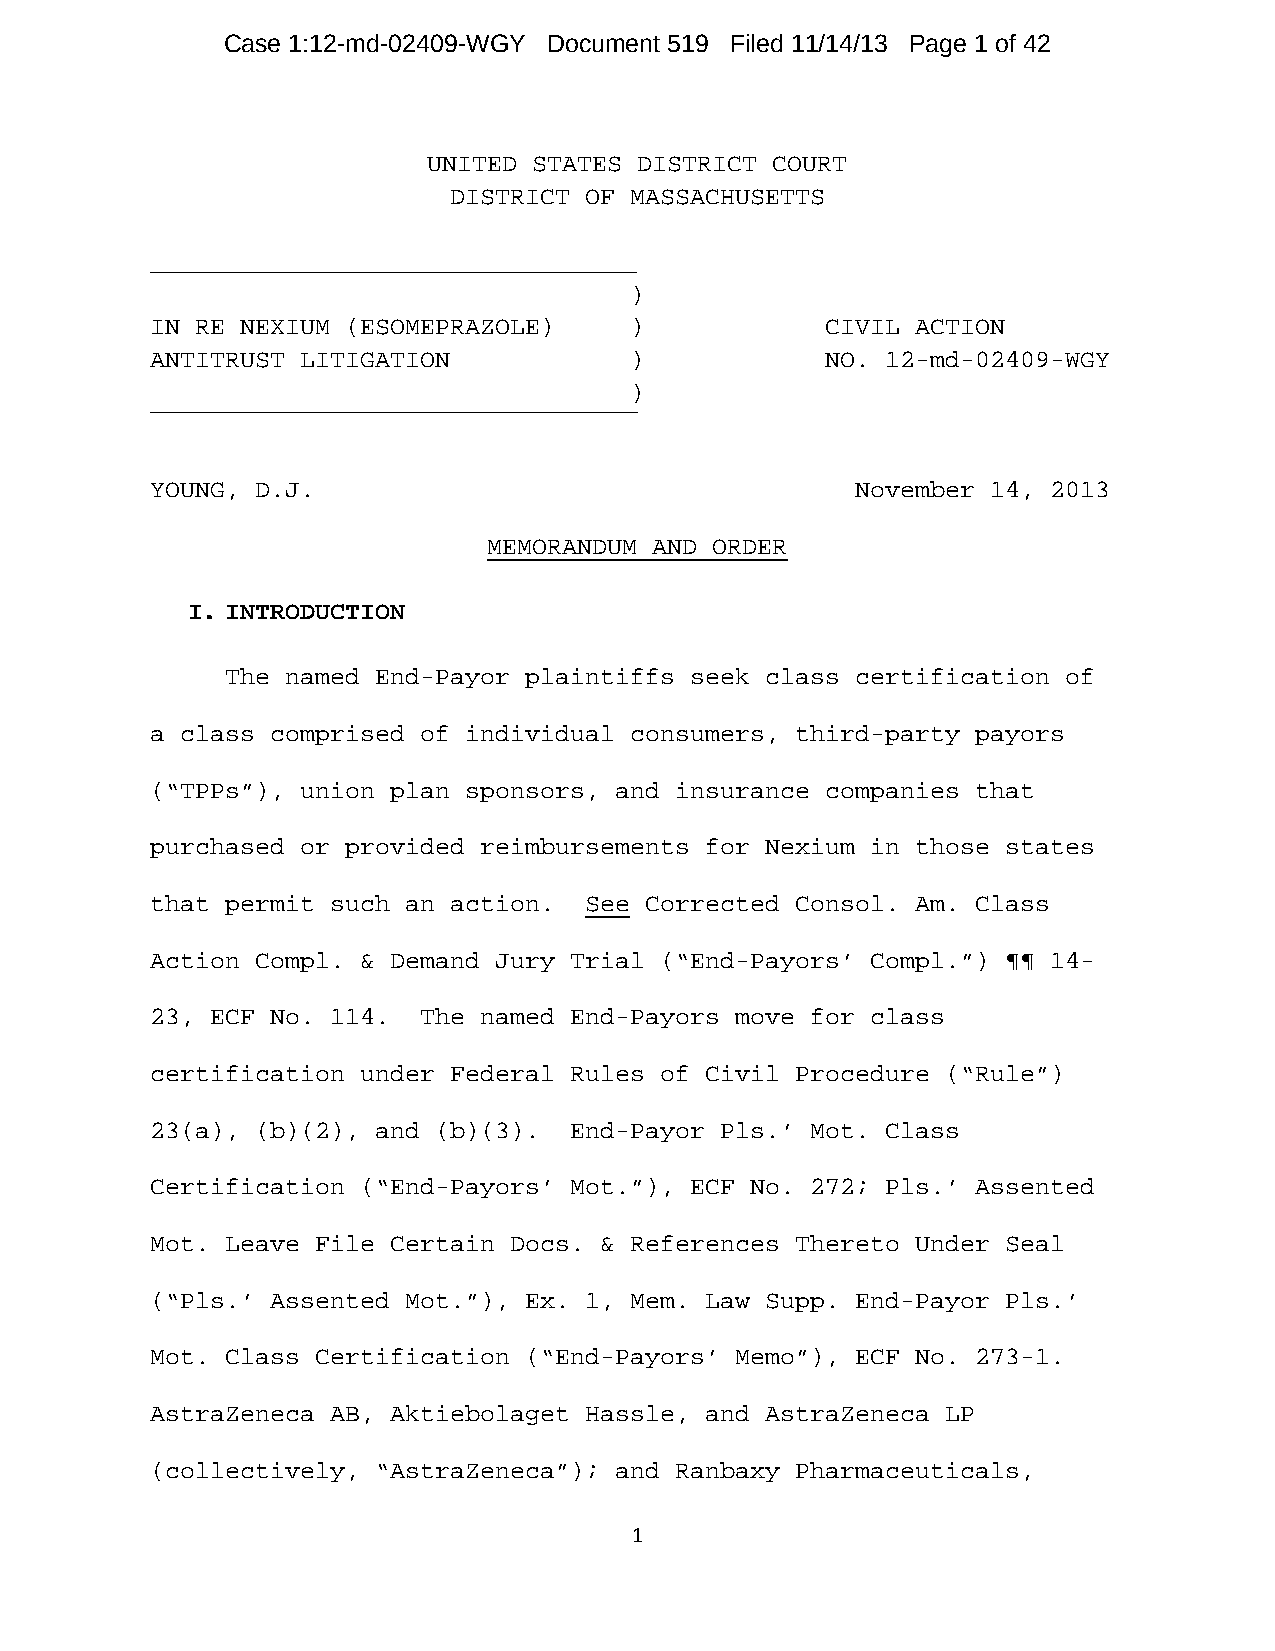
Case 1:12-md-02409-WGY Document 519 Filed 11/14/13 Page 1 of 42
 UNITED STATES DISTRICT COURT
 DISTRICT OF MASSACHUSETTS
 )
 IN RE NEXIUM (ESOMEPRAZOLE)     )            CIVIL ACTION
 ANTITRUST LITIGATION            )            NO. 12-md-02409-WGY
 )
 YOUNG, D.J.                                    November 14, 2013
 MEMORANDUM AND ORDER
 I. INTRODUCTION
 The named End-Payor plaintiffs seek class certification of
 a class comprised of individual consumers, third-party payors
 (“TPPs”), union plan sponsors, and insurance companies that
 purchased or provided reimbursements for Nexium in those states
 that permit such an action.  See Corrected Consol. Am. Class
 Action Compl. & Demand Jury Trial (“End-Payors’ Compl.”) ¶¶ 14-
 23, ECF No. 114.  The named End-Payors move for class
 certification under Federal Rules of Civil Procedure (“Rule”)
 23(a), (b)(2), and (b)(3).  End-Payor Pls.’ Mot. Class
 Certification (“End-Payors’ Mot.”), ECF No. 272; Pls.’ Assented
 Mot. Leave File Certain Docs. & References Thereto Under Seal
 (“Pls.’ Assented Mot.”), Ex. 1, Mem. Law Supp. End-Payor Pls.’
 Mot. Class Certification (“End-Payors’ Memo”), ECF No. 273-1.
 AstraZeneca AB, Aktiebolaget Hassle, and AstraZeneca LP
 (collectively, “AstraZeneca”); and Ranbaxy Pharmaceuticals,
 1